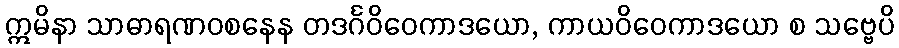
ဣမိနာ သာဓာရဏဝစနေန တဒင်္ဂဝိဝေကာဒယော, ကာယဝိဝေကာဒယော စ သဗ္ဗေပိ